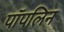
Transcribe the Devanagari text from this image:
पॉपलिन